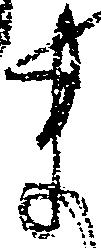
ま